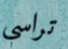
تراسي